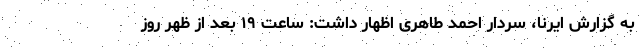
به گزارش ایرنا، سردار احمد طاهری اظهار داشت: ساعت ۱۹ بعد از ظهر روز